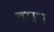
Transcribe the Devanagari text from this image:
बरसन